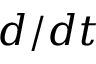
d / d t